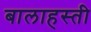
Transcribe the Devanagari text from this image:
बालाहस्ती